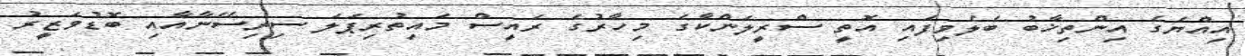
އިއްޔެގެ އިންތިޚާބު ބެލެވިފައި އޮތީ ސްރީލަންކާގެ މިހާރުގެ ރައީސް މައިތުރިޕަލަ ސިރިސޭނާއާއި ބޮޑުވަޒީރު